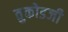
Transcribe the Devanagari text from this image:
तुकोडजी